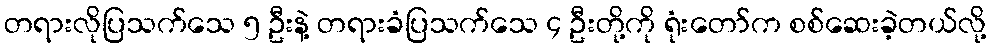
တရားလိုပြသက်သေ ၅ ဦးနဲ့ တရားခံပြသက်သေ ၄ ဦးတို့ကို ရုံးတော်က စစ်ဆေးခဲ့တယ်လို့